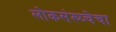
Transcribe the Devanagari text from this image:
लोकसंख्य्चेचा